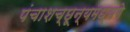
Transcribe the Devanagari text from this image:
पंचाशच्छून्यमध्यगे